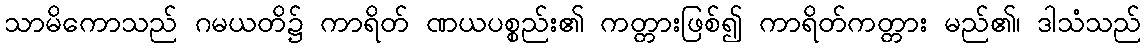
သာမိကောသည် ဂမယတိ၌ ကာရိတ် ဏယပစ္စည်း၏ ကတ္တားဖြစ်၍ ကာရိတ်ကတ္တား မည်၏၊ ဒါသံသည်